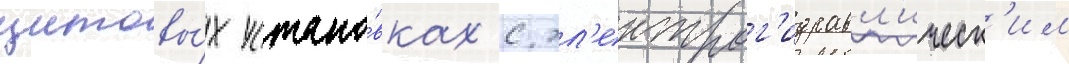
щитовы́х устано́вках с эл'ектрог'идравл'ическ'им